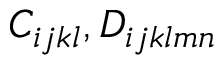
C _ { i j k l } , D _ { i j k l m n }